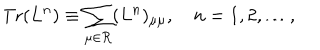
LaTeX: \mathrm { T r } ( L ^ { n } ) \equiv \sum _ { \mu \in { \cal R } } ( L ^ { n } ) _ { \mu \mu } , \quad n = 1 , 2 , \ldots ,